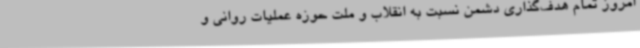
امروز تمام هدف‌گذاری دشمن نسبت به انقلاب و ملت حوزه عملیات روانی و